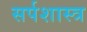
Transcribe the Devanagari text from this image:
सर्पशास्त्र